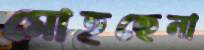
মোহছেনা